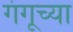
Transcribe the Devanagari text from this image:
गंगूच्या